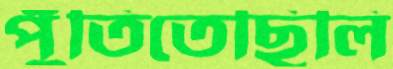
পুঁতিতেছিলি